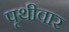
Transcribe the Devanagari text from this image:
पृथीवार